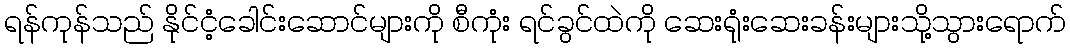
ရန်ကုန်သည် နိုင်ငံ့ခေါင်းဆောင်များကို စီကုံး ရင်ခွင်ထဲကို ဆေးရုံးဆေးခန်းများသို့သွားရောက်